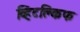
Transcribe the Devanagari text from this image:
व्हिटक्लिफ